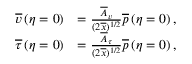
\begin{array} { r l } { \overline { { v } } \left( \eta = 0 \right) } & { = \frac { \overline { { A } } _ { v } } { ( 2 \overline { { x } } ) ^ { 1 / 2 } } \overline { { p } } \left( \eta = 0 \right) , } \\ { \overline { { \tau } } \left( \eta = 0 \right) } & { = \frac { \overline { { A } } _ { \tau } } { ( 2 \overline { { x } } ) ^ { 1 / 2 } } \overline { { p } } \left( \eta = 0 \right) , } \end{array}